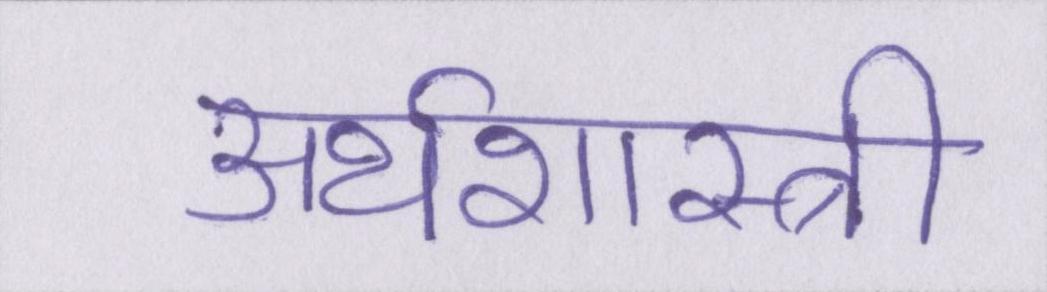
अर्थशास्त्री